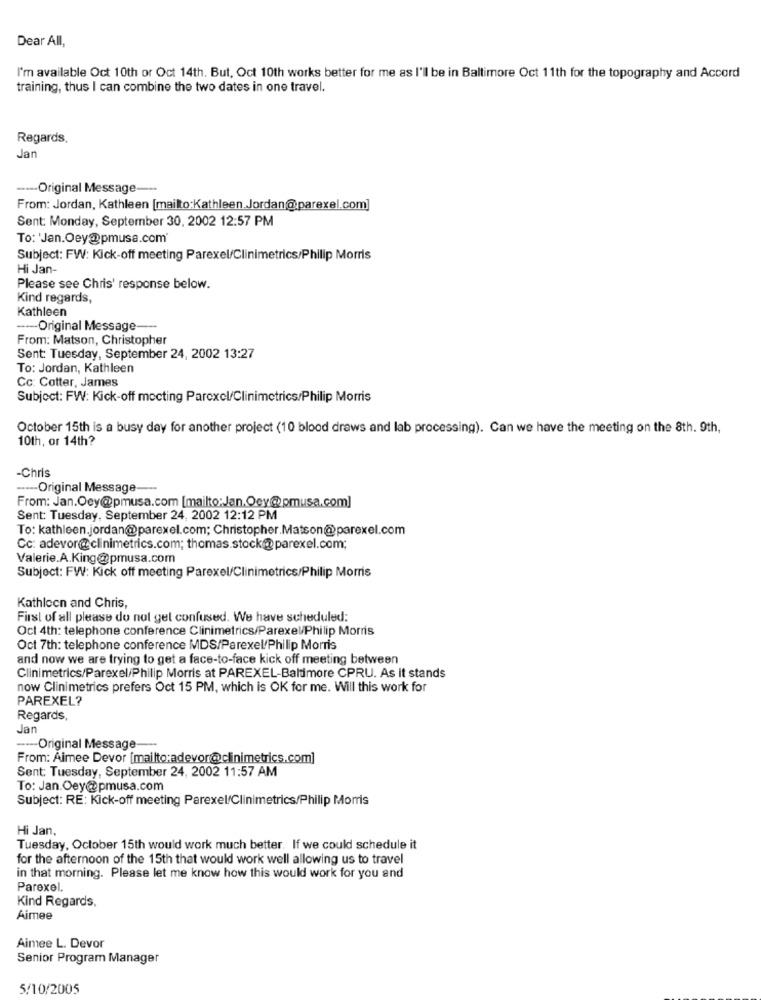
Dear All,
I'm available Oct 10th or Oct 14th. But, Oct 10th works better for me as I'll be in Baltimore Oct 11th for the topography and Accord
training, thus I can combine the two dates in one travel.
Regards,
Jan
----- Original Message ---
From: Jordan, Kathleen [mailto:Kathleen Jordan@parexel.com]
Sent: Monday, September 30, 2002 12:57 PM
To: 'Jan.Oey@pmusa.com
Subject: FW: Kick-off meeting Parexel/Clinimetrics/Philip Morris
Hi Jan-
Please see Chris' response below.
Kind regards,
Kathleen
---- Original Message-
From: Matson, Christopher
Sent: Tuesday, September 24, 2002 13:27
To: Jordan, Kathleen
Cc: Cotter, James
Subject: FW: Kick-off mocting Parexcl/Clinimetrics/Philip Morris
October 15th is a busy day for another project (10 blood draws and lab processing). Can we have the meeting on the 8th. 9th,
10th, or 14th?
-Chris
----- Original Message ---
From: Jan.Oey@pmusa.com [mailto: Jan.Oey@pmusa.com]
Sent: Tuesday, September 24, 2002 12:12 PM
To: kathleen.jordan@parexel.com; Christopher.Matson@parexel.com
Cc: adevor@clinimetrics.com; thomas.stock@@parexel.com;
Valerie.A.King@pmusa.com
Subject: FW: Kick off meeting Parexel/Clinimetrics/Philip Morris
Kathleen and Chris,
First of all please do not gel confused. We have scheduled:
Oct 4th: telephone conference Clinimetrics/ParexelPhilip Morris
Oct 7th: telephone conference MDS/Parexel/Philip Morris
and now we are trying to get a face-to-face kick off meeting between
Clinimetrics/Parexel/Philip Morris at PAREXEL-Baldimore CPRU. As it stands
now Clinimetrics prefers Oct 15 PM, which is OK for me. Will this work for
PAREXEL?
Regards,
Jan
----- Original Message ---
From: Aimee Devor [mailto:adevor@clinimetrics.com]
Sent: Tuesday, September 24, 2002 11:57 AM
To: Jan.Oey@pmusa.com
Subject: RE: Kick-off meeting Parexel/Clinimetrics/Philip Morris
Hi Jan,
Tuesday, October 15th would work much better. If we could schedule it
for the afternoon of the 15th that would work well allowing us to travel
in that morning. Please let me know how this would work for you and
Parexel.
Kind Regards.
Aimee
Aimee L. Devor
Senior Program Manager
5/10/2005